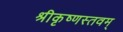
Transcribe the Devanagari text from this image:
श्रीकृष्णस्तवम्